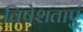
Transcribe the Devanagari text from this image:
विषेशताएं